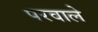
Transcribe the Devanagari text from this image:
परवाले